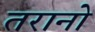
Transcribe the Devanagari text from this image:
तरानो